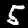
Digit: 5